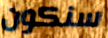
سنكون